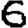
Digit: 6